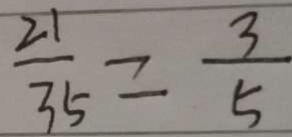
\frac { 2 1 } { 3 5 } = \frac { 3 } { 5 }